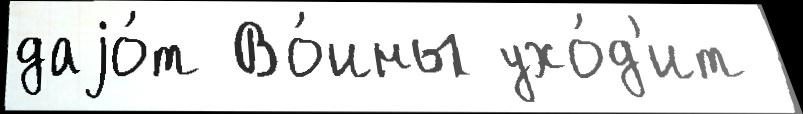
даjо́т Во́ины ухо́д'ит